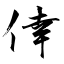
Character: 倖